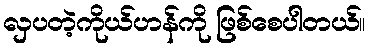
လှပတဲ့ကိုယ်ဟန်ကို ဖြစ်စေပါတယ်။